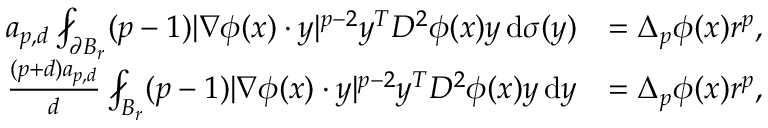
\begin{array} { r l } { a _ { p , d } \fint _ { \partial B _ { r } } ( p - 1 ) | \nabla \phi ( x ) \cdot y | ^ { p - 2 } y ^ { T } D ^ { 2 } \phi ( x ) y \, \mathrm { d } \sigma ( y ) } & { = \Delta _ { p } \phi ( x ) r ^ { p } , } \\ { \frac { ( p + d ) a _ { p , d } } { d } \fint _ { B _ { r } } ( p - 1 ) | \nabla \phi ( x ) \cdot y | ^ { p - 2 } y ^ { T } D ^ { 2 } \phi ( x ) y \, \mathrm { d } y } & { = \Delta _ { p } \phi ( x ) r ^ { p } , } \end{array}